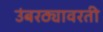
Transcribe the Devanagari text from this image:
उंबरठ्यावरती